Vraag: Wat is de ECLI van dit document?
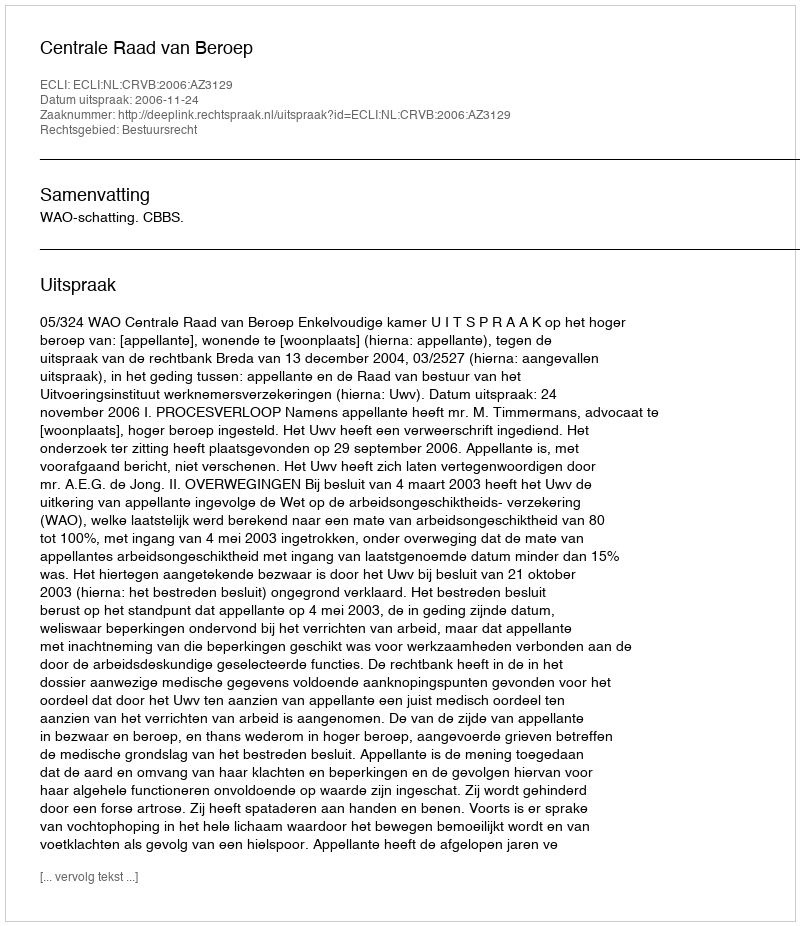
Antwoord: ECLI:NL:CRVB:2006:AZ3129